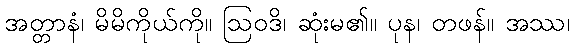
အတ္တာနံ၊ မိမိကိုယ်ကို။ ဩဝဒိ၊ ဆုံးမ၏။ ပုန၊ တဖန်။ အဿ၊